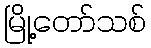
မြို့တော်သစ်